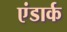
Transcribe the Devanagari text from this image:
एंडार्क